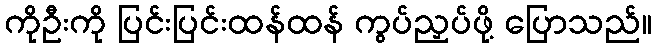
ကိုဦးကို ပြင်းပြင်းထန်ထန် ကွပ်ညှပ်ဖို့ ပြောသည်။